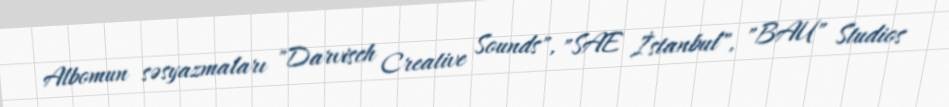
Albomun səsyazmaları "Darvisch Creative Sounds", "SAE İstanbul", "BAU" Studios